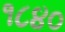
૧૮૪૦